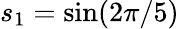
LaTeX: s_{1}=\sin(2\pi/5)